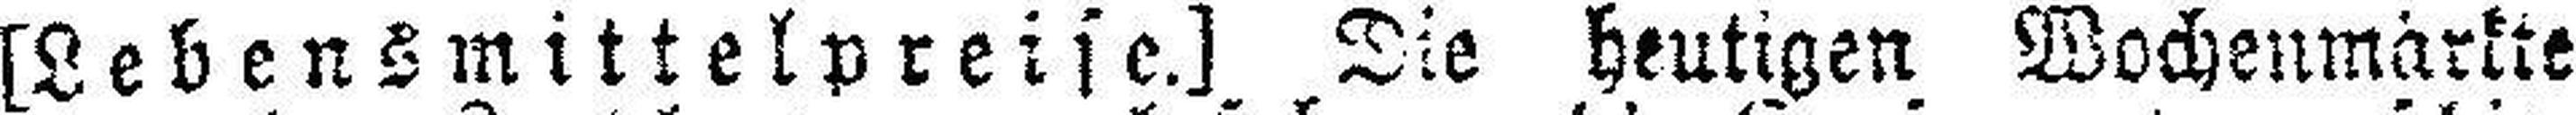
[Lebensmittelpreise.] Die heutigen Wochenmärkte